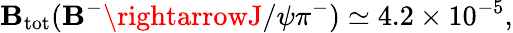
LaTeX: {\cal\mathbf{B}}_{\mathrm{{tot}}}(\mathbf{B}^{-}\rightarrowJ/\psi\pi^{-})\simeq4.2\times10^{-5},